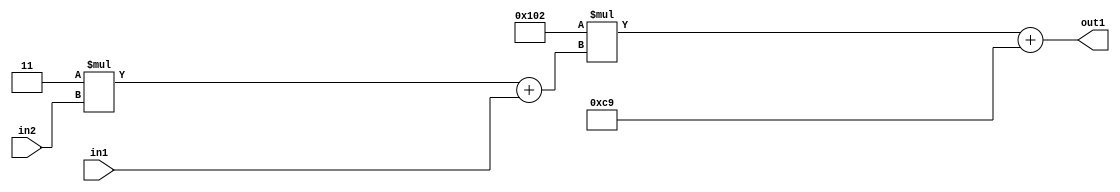
`timescale 1ps / 1ps
/*****************************************************************************
    Verilog RTL Description
    
    
    Created by: Stratus DpOpt 2019.1.01 
*******************************************************************************/

module DC_Filter_Add2i201Mul2i258Add2u1Mul2i3u2_4 (
	in2,
	in1,
	out1
	); /* architecture "behavioural" */ 
input [1:0] in2;
input  in1;
output [11:0] out1;
wire [11:0] asc001;
wire [3:0] asc002;

wire [3:0] asc002_tmp_0;
assign asc002_tmp_0 = 
	+(4'B0011 * in2);
assign asc002 = asc002_tmp_0
	+(in1);

wire [11:0] asc001_tmp_1;
assign asc001_tmp_1 = 
	+(12'B000100000010 * asc002);
assign asc001 = asc001_tmp_1
	+(12'B000011001001);

assign out1 = asc001;
endmodule

/* CADENCE  v7X1TQo= : u9/ySgnWtBlWxVPRXgAZ4Og= ** DO NOT EDIT THIS LINE ******/